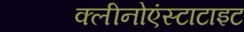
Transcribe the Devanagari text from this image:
क्लीनोएंस्टाटाइट